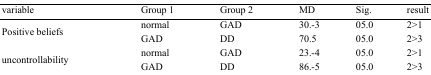
| variable | Group 1 | Group 2 | MD | Sig. | result |
 | --- | --- | --- | --- | --- | --- |
 | <ROWSPAN=2> Positive beliefs | normal | GAD | 30.3- | 05.0 | 1<2 |
 | GAD | DD | 70.5 | 05.0 | 3<2 |
 | <ROWSPAN=2> uncontrollability | normal | GAD | 23.4- | 05.0 | 1<2 |
 | GAD | DD | 86.5- | 05.0 | 3<2 |